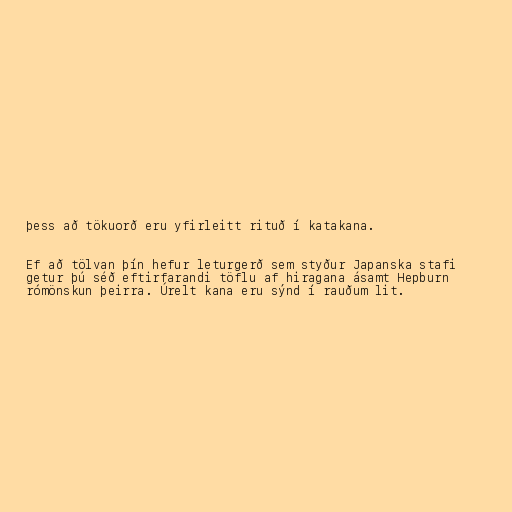
þess að tökuorð eru yfirleitt rituð í katakana.

Ef að tölvan þín hefur leturgerð sem styður Japanska stafi
getur þú séð eftirfarandi töflu af hiragana ásamt Hepburn
rómönskun þeirra. Úrelt kana eru sýnd í rauðum lit.